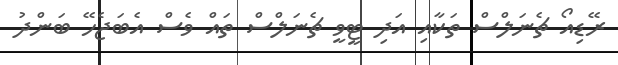
ރޭޑިއޯ ޗެނަލްސް ތަކާއި އަދި ޓީވީ ޗެނަލްސް ތައް ވެސް އެބަޖެހޭ ބަންދު